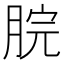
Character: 脘